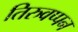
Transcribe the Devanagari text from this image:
तिरुवप्पन